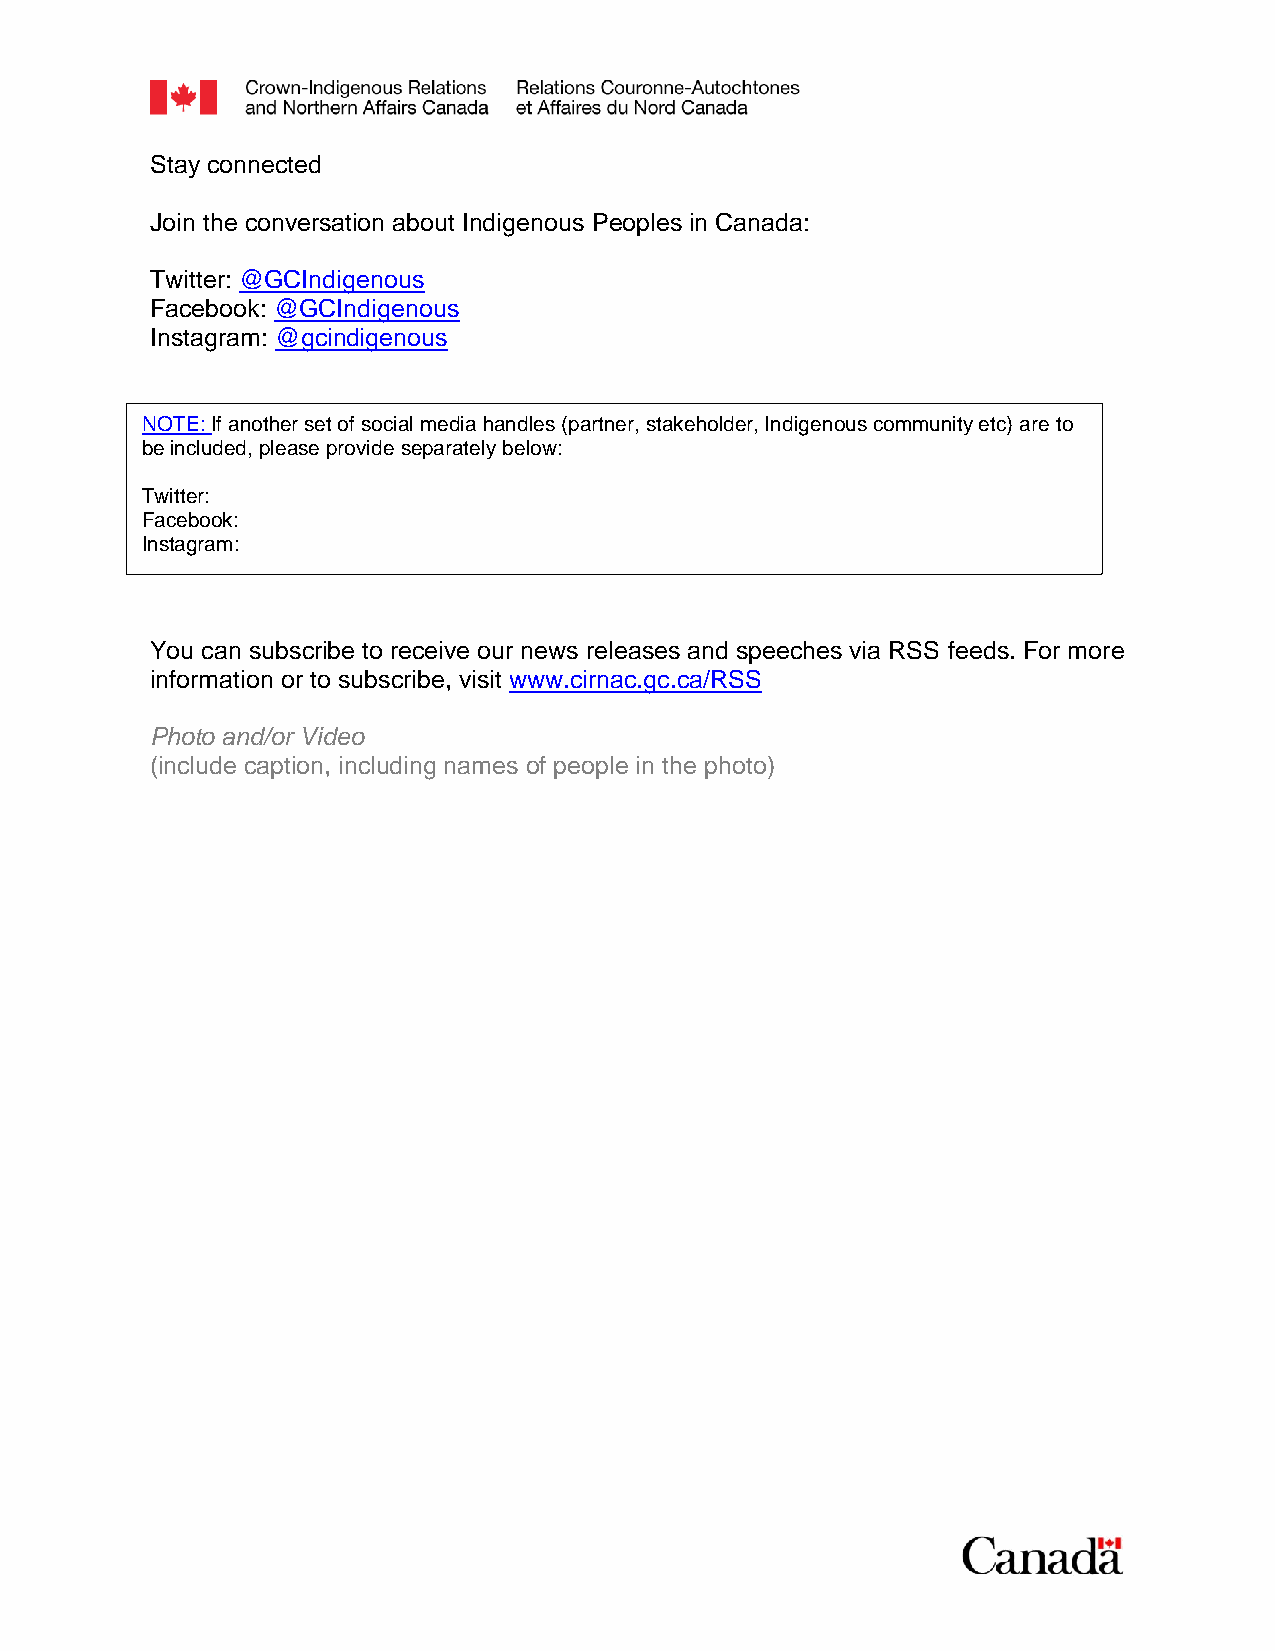
Stay connected
 Join the conversation about Indigenous Peoples in Canada:
 Twitter: @GCIndigenous
 Facebook: @GCIndigenous
 Instagram: @gcindigenous
 NOTE: If another set of social media handles (partner, stakeholder, Indigenous community etc) are to
 be included, please provide separately below:
 Twitter:
 Facebook:
 Instagram:
 You can subscribe to receive our news releases and speeches via RSS feeds. For more
 information or to subscribe, visit www.cirnac.gc.ca/RSS
 Photo and/or Video
 (include caption, including names of people in the photo)